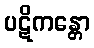
ပဋိကန္တော